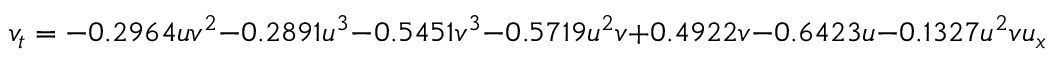
v _ { t } = - 0 . 2 9 6 4 u v ^ { 2 } - 0 . 2 8 9 1 u ^ { 3 } - 0 . 5 4 5 1 v ^ { 3 } - 0 . 5 7 1 9 u ^ { 2 } v + 0 . 4 9 2 2 v - 0 . 6 4 2 3 u - 0 . 1 3 2 7 u ^ { 2 } v u _ { x } + 0 . 1 2 4 5 u ^ { 3 } u _ { x } - 0 . 3 4 8 0 u ^ { 2 } v u _ { y } + 0 . 2 1 3 3 u ^ { 2 } v v _ { x } + 0 . 0 9 7 1 v ^ { 3 } v _ { y } - 0 . 4 2 8 0 u v ^ { 2 } v _ { y }